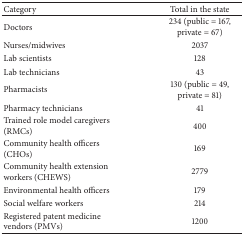
<table><thead><tr><td><b>Category</b></td><td><b>Total in the state</b></td></tr></thead><tbody><tr><td>Doctors</td><td>234 (public = 167, private = 67)</td></tr><tr><td>Nurses/midwives</td><td>2037</td></tr><tr><td>Lab scientists</td><td>128</td></tr><tr><td>Lab technicians</td><td>43</td></tr><tr><td>Pharmacists</td><td>130 (public = 49, private = 81)</td></tr><tr><td>Pharmacy technicians</td><td>41</td></tr><tr><td>Trained role model caregivers (RMCs)</td><td>400</td></tr><tr><td>Community health officers (CHOs)</td><td>169</td></tr><tr><td>Community health extension workers (CHEWS)</td><td>2779</td></tr><tr><td>Environmental health officers</td><td>179</td></tr><tr><td>Social welfare workers</td><td>214</td></tr><tr><td>Registered patent medicine vendors (PMVs)</td><td>1200</td></tr></tbody></table>